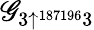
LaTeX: \mathscr{G}_{3\uparrow^{187196}3}